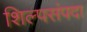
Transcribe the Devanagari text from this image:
शिल्पसंपदा